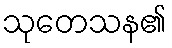
သုတေသန၏